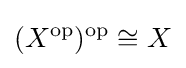
(X^{\mathrm {op} })^{\mathrm {op} }\cong X